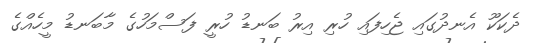
ދެކަކޫ އެނދުގައި ޖެހިފައި ހުރި އިރު ބަނޑު ހުރީ ފަސްމަހުގެ މާބަނޑު މީހެއްގެ